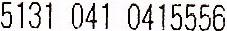
5131 041 0415556